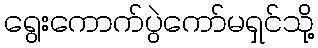
ရွေးကောက်ပွဲကော်မရှင်သို့